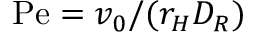
\mathrm { P e } = v _ { 0 } / ( r _ { H } D _ { R } )